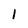
Character: l